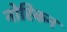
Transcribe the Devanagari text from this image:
नोरिकन